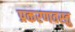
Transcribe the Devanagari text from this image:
प्रकरणवस्तु